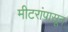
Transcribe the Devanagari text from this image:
मीटरांपासून